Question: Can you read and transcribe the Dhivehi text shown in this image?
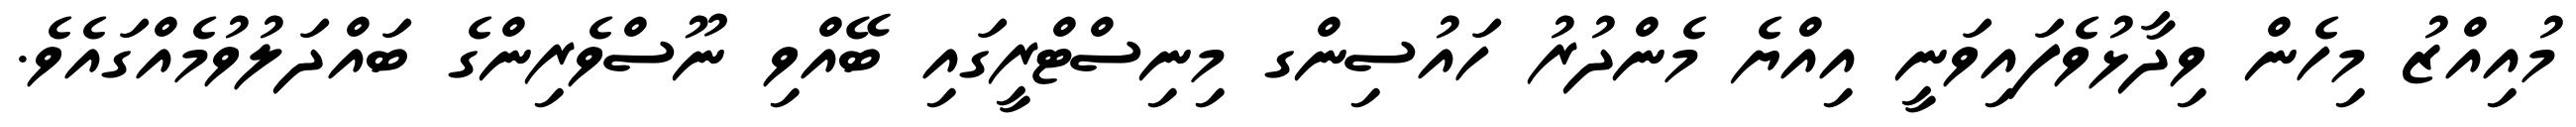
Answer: މުއިއްޒު މިހެން ވިދާޅުވެފައިވަނީ އިއްޔެ މެންދުރު ހައުސިންގ މިނިސްޓްރީގައި ބޭއްވި ނޫސްވެރިންގެ ބައްދަލުވުމެއްގައެވެ.